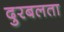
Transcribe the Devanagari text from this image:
दुरबलता